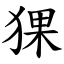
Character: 猓